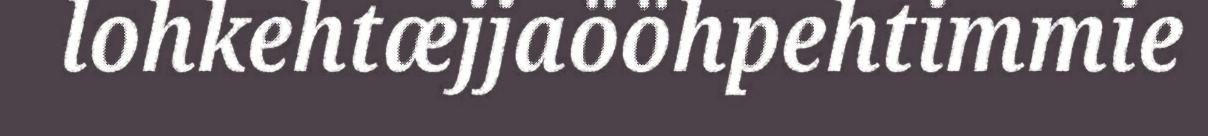
lohkehtæjjaööhpehtimmie